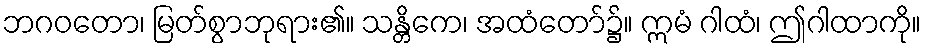
ဘဂဝတော၊ မြတ်စွာဘုရား၏။ သန္တိကေ၊ အထံတော်၌။ ဣမံ ဂါထံ၊ ဤဂါထာကို။